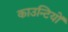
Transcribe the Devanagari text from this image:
काउन्टियों